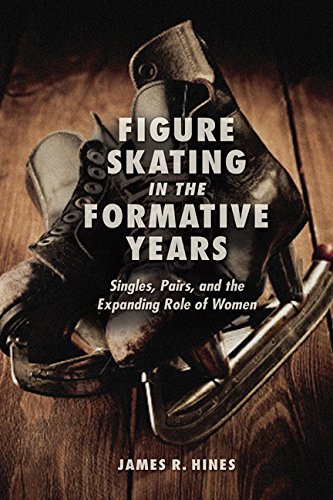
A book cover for Figure Skating in the Formative Years: Singles, Pairs, and the Expanding Role of Women; James R Hines; Sports & Outdoors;